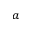
^ a